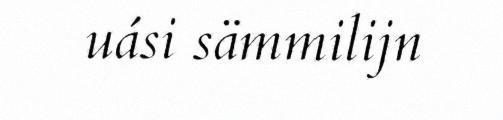
uási sämmilijn